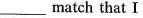
_____match that I